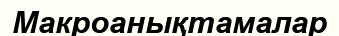
Макроанықтамалар